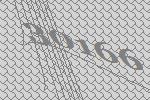
30166